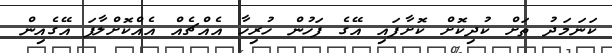
ކަނަމަދު ތަށް ކުދިކޮށް ކޮށާފައި އޭގެ ފަހުން ހުރިހާ އެއްޗެއް އެއްކޮށްލާފަ އޭގެއިން